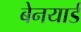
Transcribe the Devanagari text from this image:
बेनयार्ड